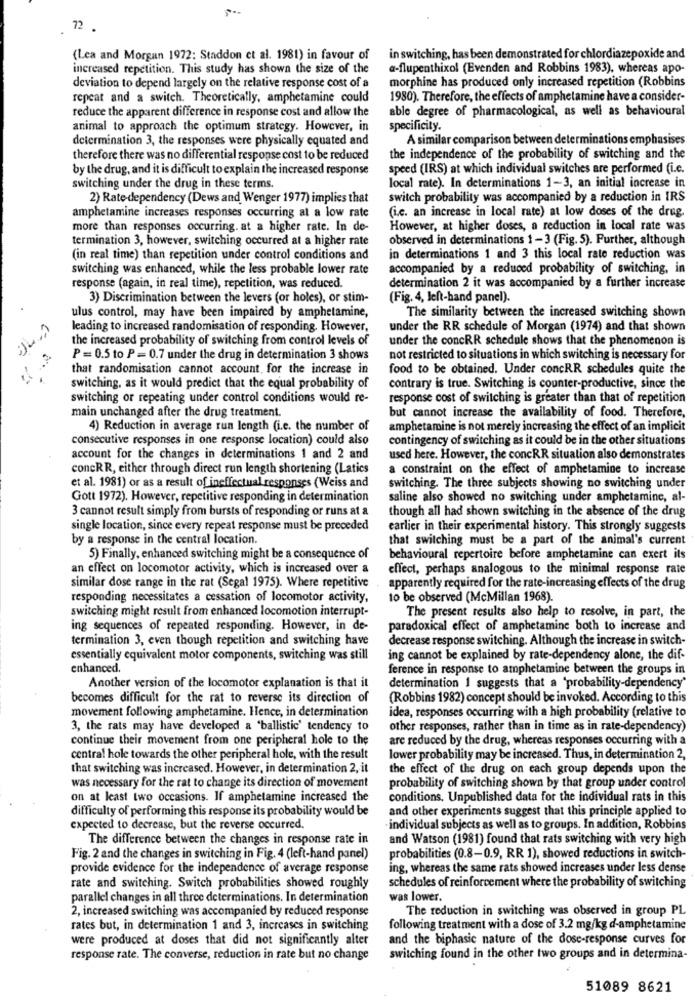
72.
(Lea and Morgan 1972: Staddon et al. 1981) in favour of
in switching, has been demonstrated for chlordiazepoxide and
increased repetition. This study has shown the size of the
a-flupenthixol (Evenden and Robbins 1983), whereas apo-
morphine has produced only increased repetition (Robbins
deviation to depend largely on the relative response cost of a
repeat and a switch. Theoretically, amphetamine could
1980). Therefore, the effects of amphetamine have a consider-
reduce the apparent difference in response cost and allow the
able degree of pharmacological, as well as behavioural
animal to approach the optimum strategy. However, in
specificity.
determination 3, the responses were physically equated and
A similar comparison between determinations emphasises
therefore there was no differential response cost to be reduced
the independence of the probability of switching and the
by the drug, and it is difficult to explain the increased response
speed (IRS) at which individual switches are performed (i.c.
switching under the drug in these terms.
local rate). In determinations 1-3, an initial increase in
2) Rate-dependency (Dews and Wenger 1977) implies that
switch probability was accompanied by a reduction in IRS
(i.c. an increase in local rate) at low doses of the drug.
amphetamine increases responses occurring at a low rate
more than responses occurring. at a higher rate. In de-
However, at higher doses, a reduction in local rate was
termination 3, however, switching occurred at a higher rate
observed in determinations 1 - 3 (Fig. 5). Further, although
(in real time) than repetition under control conditions and
in determinations 1 and 3 this local rate reduction was
switching was enhanced, while the less probable lower rate
accompanied by a reduced probability of switching, in
response (again, in real time), repetition, was reduced.
determination 2 it was accompanied by a further increase
3) Discrimination between the levers (or holes), or stim-
(Fig. 4, left-hand panel).
ulus control, may have been impaired by amphetamine,
The similarity between the increased switching shown
leading to increased randomisation of responding. However,
under the RR schedule of Morgan (1974) and that shown
the increased probability of switching from control levels of
under the concRR schedule shows that the phenomenon is
P = 0.5 to P = 0.7 under the drug in determination 3 shows
not restricted to situations in which switching is necessary for
that randomisation cannot account for the increase in
food to be obtained. Under concRR schedules quite the
switching, as it would predict that the equal probability of
contrary is true. Switching is counter-productive, since the
switching or repeating under control conditions would re-
response cost of switching is greater than that of repetition
main unchanged after the drug treatment.
but cannot increase the availability of food. Therefore,
4) Reduction in average run length (i.e. the number of
amphetamine is not merely increasing the effect of an implicit
consecutive responses in one response location) could also
contingency of switching as it could be in the other situations
account for the changes in determinations 1 and 2 and
used here. However, the concRR situation also demonstrates
concRR, either through direct run length shortening (Latics
a constraint on the effect of amphetamine to increase
et al. 1981) or as a result of ineffectual responses (Weiss and
switching. The three subjects showing no switching under
Gott 1972). However, repetitive responding in determination
saline also showed no switching under amphetamine, al-
3 cannot result simply from bursts of responding or runs at a
though all had shown switching in the absence of the drug
single location, since every repeat response must be preceded
earlier in their experimental history. This strongly suggests
by a response in the central location.
that switching must be a part of the animal's current
5) Finally, enhanced switching might be a consequence of
behavioural repertoire before amphetamine can exert its
an effect on locomotor activity, which is increased over a
effect, perhaps analogous to the minimal response rate
similar dose range in the rat (Segal 1975). Where repetitive
apparently required for the rate-increasing effects of the drug
responding necessitates a cessation of locomotor activity,
to be observed (McMillan 1968).
switching might result from enhanced locomotion interrupt-
The present results also help to resolve, in part, the
ing sequences of repeated responding. However, in de-
paradoxical effect of amphetamine both to increase and
termination 3, even though repetition and switching have
decrease response switching. Although the increase in switch-
essentially equivalent motor components, switching was still
ing cannot be explained by rate-dependency alone, the dif-
enhanced.
ference in response to amphetamine between the groups in
Another version of the locomotor explanation is that it
determination 1 suggests that a 'probability-dependency'
becomes difficult for the rat to reverse its direction of
(Robbins 1982) concept should be invoked. According to this
movement following amphetamine. Hence, in determination
idea, responses occurring with a high probability (relative to
3, the rats may have developed a "ballistic' tendency to
other responses, rather than in time as in rate-dependency)
continue their movement from one peripheral hole to the
are reduced by the drug, whereas responses occurring with a
central hole towards the other peripheral hole, with the result
lower probability may be increased. Thus, in determination 2,
that switching was increased. However, in determination 2, it
the effect of the drug on each group depends upon the
was necessary for the rat to change its direction of movement
probability of switching shown by that group under control
on at least two occasions. If amphetamine increased the
conditions. Unpublished data for the individual rats in this
difficulty of performing this response its probability would be
and other experiments suggest that this principle applied to
expected to decrease, but the reverse occurred.
individual subjects as well as to groups. In addition, Robbins
The difference between the changes in response rate in
and Watson (1981) found that rats switching with very high
Fig. 2 and the changes in switching in Fig. 4 (left-hand panel)
probabilities (0.8-0.9, RR 1), showed reductions in switch-
provide evidence for the independence of average response
ing, whereas the same rats showed increases under less dense
schedules of reinforcement where the probability of switching
rate and switching. Switch probabilities showed roughly
parallel changes in all three determinations. In determination
was lower.
2, increased switching was accompanied by reduced response
The reduction in switching was observed in group PL
rates but, in determination 1 and 3, increases in switching
following treatment with a dose of 3.2 mg/kg d-amphetamine
were produced at doses that did not significantly alter
and the biphasic nature of the dose-response curves for
response rate. The converse, reduction in rate but no change
switching found in the other two groups and in determina-
51089 8621